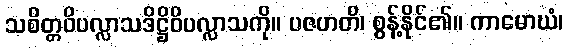
သစိတ္တဝိပလ္လာသဒိဋ္ဌိဝိပလ္လာသကို။ ပဇဟတိ၊ စွန့်နိုင်၏။ ကာမောဃံ၊